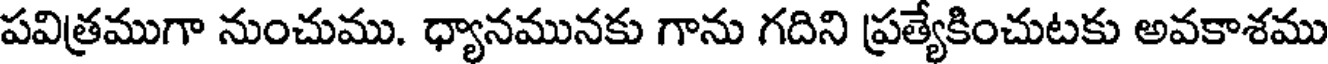
పవిత్రముగా నుంచుము. ధ్యానమునకు గాను గదిని ప్రత్యేకించుటకు అవకాశము